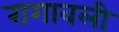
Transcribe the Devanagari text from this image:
रागावली